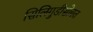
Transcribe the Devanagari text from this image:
सिलिगुडीसोबत